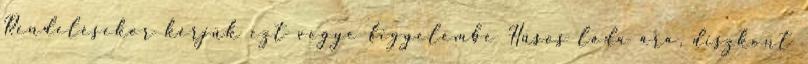
Rendelésekor kérjük ezt vegye figyelembe Húsos láda ára, diszkont